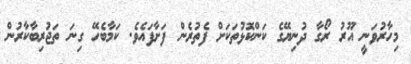
މިހާރުވަނީ އޫރު ރޯގާ ދުނިޔޭގެ ކަންކޮޅުތަކަށް ފެތުރެން ފަށާފައެވެ. ކަމާބެހޭ ގިނަ ތަޖުރިބާކާރުން